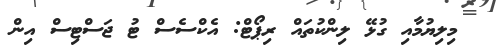
މިލިޔުމާއި ގުޅޭ ލިންކުތައް ރިޕޯޓް: އެކްސެސް ޓު ޖަސްޓިސް އިން